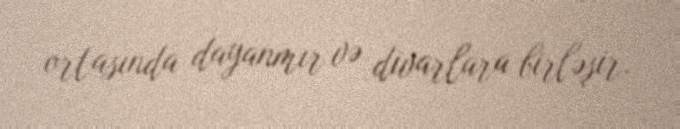
ortasında dayanmır və divarlara birləşir.